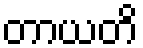
တာယတိ